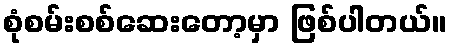
စုံစမ်းစစ်ဆေးတော့မှာ ဖြစ်ပါတယ်။